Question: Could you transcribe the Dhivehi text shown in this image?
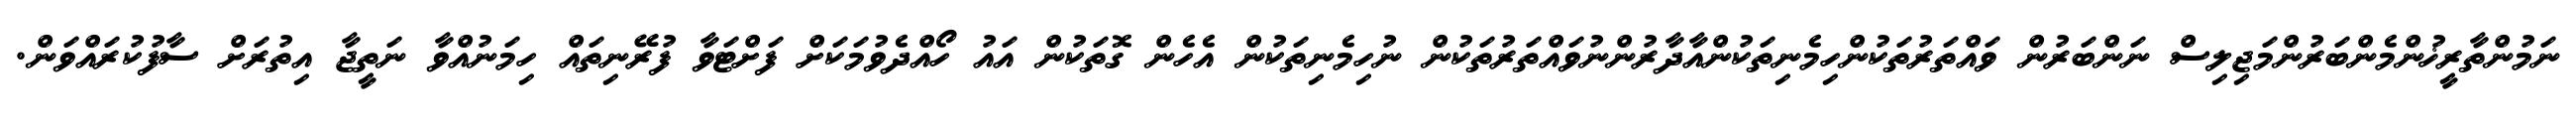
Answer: ނަމުންތާރީޚުންމެންބަރުންމަޖިލިސް ނަންބަރުން ވައްތަރުތަކުންހިމެނިތަކުންއާދާރުންނުވައްތަރުތަކުން ނުހިމެނިތަކުން އެހެން ގޮތަކުން އައު ހޯއްދެވުމަކަށް ފަށްޓަވާ ފުރޭނިތައް ހިމަނުއްވާ ނަތީޖާ އިތުރަށް ސާފުކުރައްވަން.